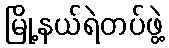
မြို့နယ်ရဲတပ်ဖွဲ့